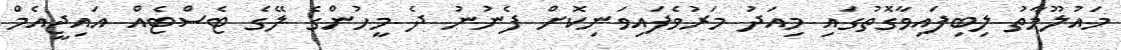
މައުލޫމާތު ލިބިފައިވާގޮތުގައި މިއަދު މަރުވެފައިވަނިކޮށް ފެނުނު ދެ މީހުންގެ ލޭގެ ޓެސްޓެއް އައިޖީއެމް